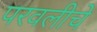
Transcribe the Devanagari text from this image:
परवलीचे